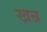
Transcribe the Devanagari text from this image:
खन्र